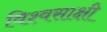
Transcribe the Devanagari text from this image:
विश्वसाक्षी